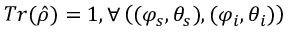
T r ( \hat { \rho } ) = 1 , \forall \left( ( \varphi _ { s } , \theta _ { s } ) , ( \varphi _ { i } , \theta _ { i } ) \right)